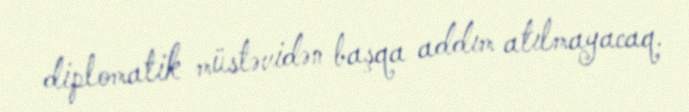
diplomatik müstəvidən başqa addım atılmayacaq.